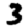
Digit: 3